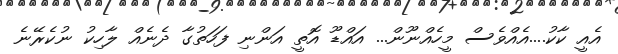
އެއީ ކާކު....އެއްވެސް މީހެއްނޫން... އައްޑޫ އޮތީ އަންނި ފަހަތުގާ ދެނެއް ލާހިކު ނުކެރޭނެ